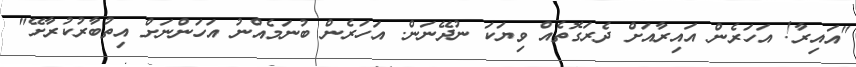
"އައިރާ! އަހަރެން އައިރާއަށް ދެރަގޮތެއް ވިޔަކަ ނުދޭނަން. އަހަރެން ބުނަމެއްނު އަހަންނަށް އިތުބާރުކުރާށޭ"